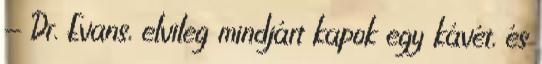
- Dr. Evans, elvileg mindjárt kapok egy kávét, és